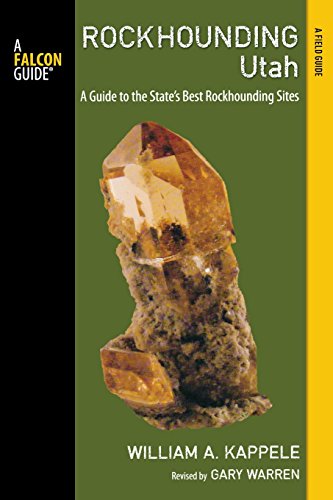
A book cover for Rockhounding Utah: A Guide To The State's Best Rockhounding Sites (Rockhounding Series); William A. Kappele; Science & Math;